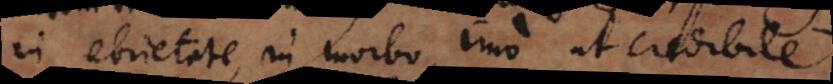
in ebrietate, in morbo, imo ut credibile